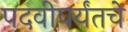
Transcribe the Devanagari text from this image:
पदवीपर्यंतचेे